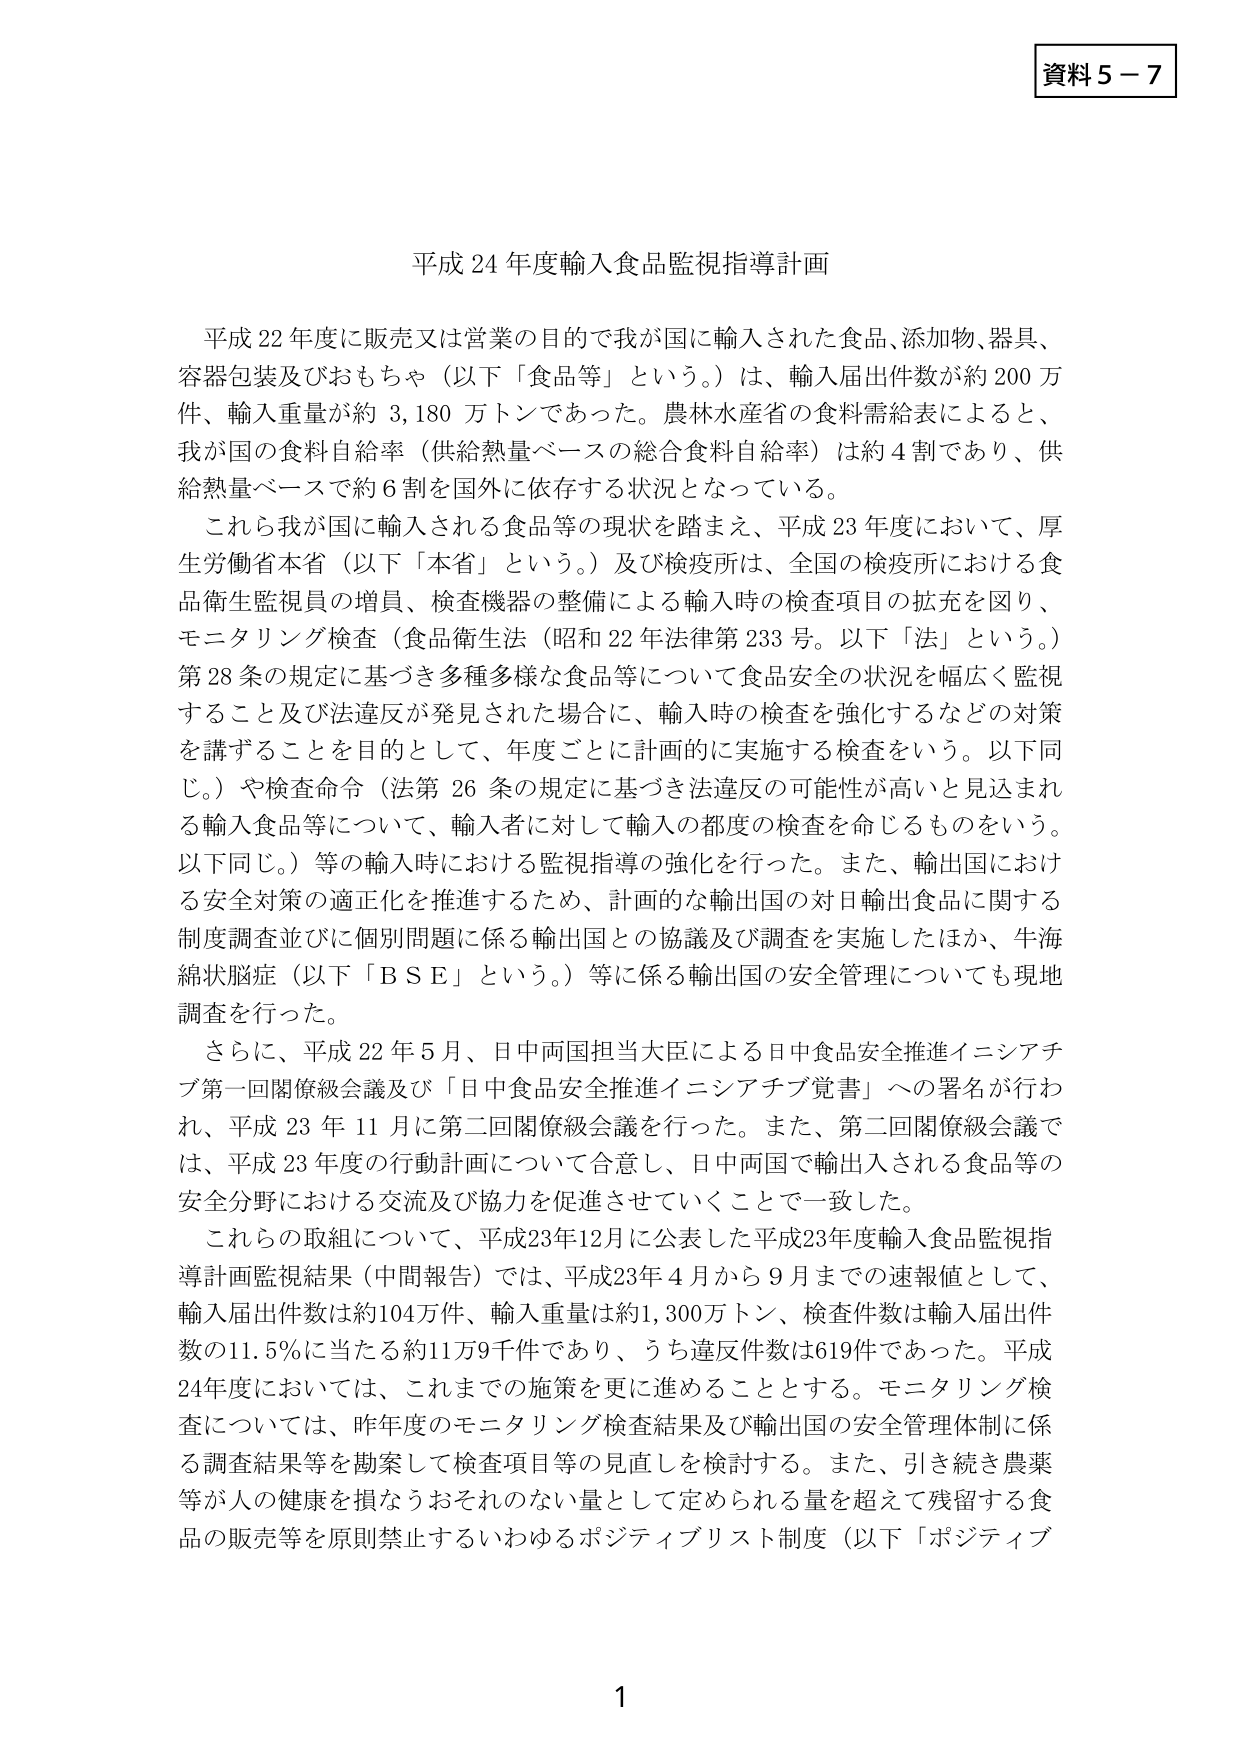
資料５－７

平成24年度輸入食品監視指導計画

平成22年度に販売又は営業の目的で我が国に輸入された食品、添加物、器具、容器包装及びおもちゃ（以下「食品等」という。）は、輸入届出件数が約200万件、輸入重量が約3,180万トンであった。農林水産省の食料需給表によると、我が国の食料自給率（供給熱量ベースの総合食料自給率）は約4割であり、供給熱量ベースで約6割を国外に依存する状況となっている。

これら我が国に輸入される食品等の現状を踏まえ、平成23年度において、厚生労働省本省（以下「本省」という。）及び検疫所は、全国の検疫所における食品衛生監視員の増員、検査機器の整備による輸入時の検査項目の拡充を図り、モニタリング検査（食品衛生法（昭和22年法律第233号。以下「法」という。）第28条の規定に基づき多種多様な食品等について食品安全の状況を幅広く監視すること及び法違反が発見された場合に、輸入時の検査を強化するなどの対策を講ずることを目的として、年度ごとに計画的に実施する検査をいう。以下同じ。）や検査命令（法第26条の規定に基づき法違反の可能性が高いと見込まれる輸入食品等について、輸入者に対して輸入の都度の検査を命じるものをいう。以下同じ。）等の輸入時における監視指導の強化を行った。また、輸出国における安全対策の適正化を推進するため、計画的な輸出国の対日輸出食品に関する制度調査並びに個別問題に係る輸出国との協議及び調査を実施したほか、牛海綿状脳症（以下「ＢＳＥ」という。）等に係る輸出国の安全管理についても現地調査を行った。

さらに、平成22年5月、日中両国担当大臣による日中食品安全推進イニシアチブ第一回閣僚級会議及び「日中食品安全推進イニシアチブ覚書」への署名が行われ、平成23年11月に第二回閣僚級会議を行った。また、第二回閣僚級会議では、平成23年度の行動計画について合意し、日中両国で輸出入される食品等の安全分野における交流及び協力を促進させていくことで一致した。

これらの取組について、平成23年12月に公表した平成23年度輸入食品監視指導計画監視結果（中間報告）では、平成23年4月から9月までの速報値として、輸入届出件数は約104万件、輸入重量は約1,300万トン、検査件数は輸入届出件数の11.5％に当たる約11万9千件であり、うち違反件数は619件であった。平成24年度においては、これまでの施策を更に進めることとする。モニタリング検査については、昨年度のモニタリング検査結果及び輸出国の安全管理体制に係る調査結果等を勘案して検査項目等の見直しを検討する。また、引き続き農薬等が人の健康を損なうおそれのない量として定められる量を超えて残留する食品の販売等を原則禁止するいわゆるポジティブリスト制度（以下「ポジティブ

1